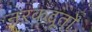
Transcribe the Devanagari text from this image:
नरकदूतों